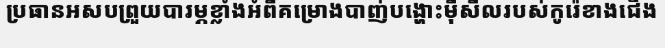
ប្រធានអសបព្រួយបារម្ភខ្លាំងអំពីគម្រោងបាញ់បង្ហោះម៉ីសីលរបស់កូរ៉េខាងជើង